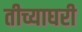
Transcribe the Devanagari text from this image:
तीच्याघरी